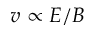
v \propto E / B